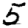
Digit: 5